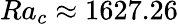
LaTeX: {Ra_{c}\approx 1627.26}